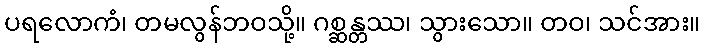
ပရလောကံ၊ တမလွန်ဘဝသို့။ ဂစ္ဆန္တဿ၊ သွားသော။ တဝ၊ သင်အား။